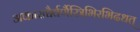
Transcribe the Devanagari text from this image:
अकाराद्यैर्वर्णैस्त्रिभिरभिदधत्